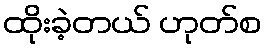
ထိုးခဲ့တယ် ဟုတ်စ